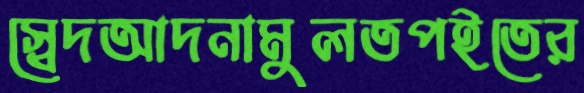
স্বেদআদনামুলতপইতের